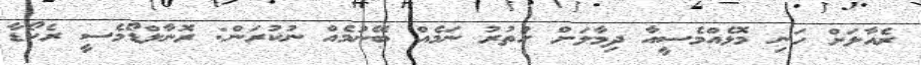
ރެއާލަށް ހަނި މޮޅެއްމެސީއާ ދިމާލަށް ހުތުރު ނަމެއް ބޭނުމެއް ނުކުރަން: ރޮނާލްޑޯމެސީ ރެކޯޑާ